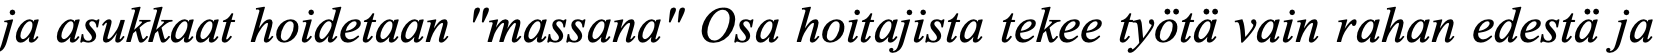
ja asukkaat hoidetaan "massana" Osa hoitajista tekee työtä vain rahan edestä ja